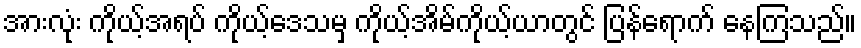
အားလုံး ကိုယ့်အရပ် ကိုယ့်ဒေသမှ ကိုယ့်အိမ်ကိုယ့်ယာတွင် ပြန်ရောက် နေကြသည်။